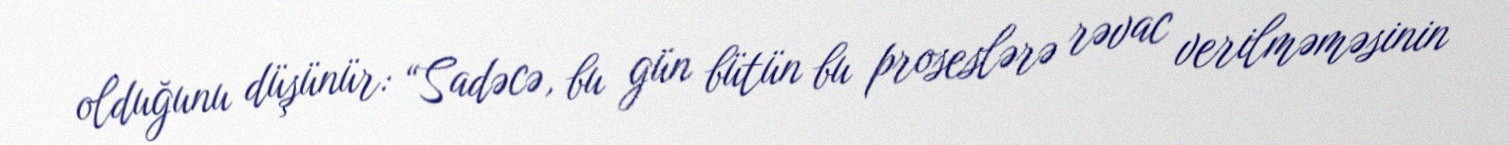
olduğunu düşünür: “Sadəcə, bu gün bütün bu proseslərə rəvac verilməməsinin